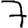
Digit: 7